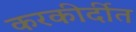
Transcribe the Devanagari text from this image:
करकीर्दीत